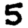
Digit: 5